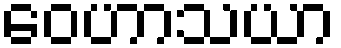
ဝေဟာသယာ